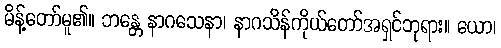
မိန့်တော်မူ၏။ ဘန္တေ နာဂသေနာ၊ နာဂသိန်ကိုယ်တော်အရှင်ဘုရား။ ယော၊